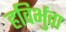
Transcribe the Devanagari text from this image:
हविर्भुवा